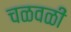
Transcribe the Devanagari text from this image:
चळवळीं